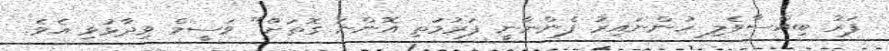
ފަރު ބިއްސާވެލި ހުންނައިރު ފެންނާނީ ފަރުމަތި އޮންނަ ގޮތަށް" ވަސީމް ވިދާޅުވި އެވެ.